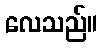
လေသည်။